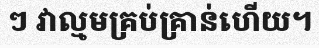
ៗ វាល្មមគ្រប់គ្រាន់ហើយ។